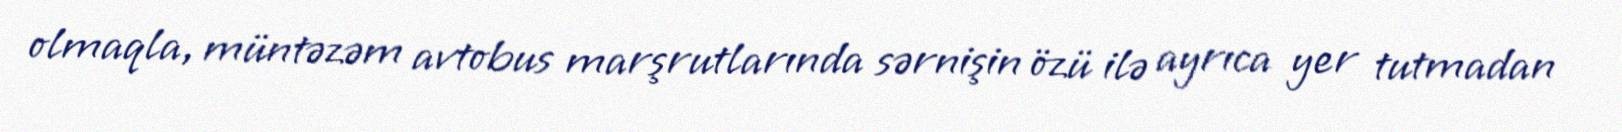
olmaqla, müntəzəm avtobus marşrutlarında sərnişin özü ilə ayrıca yer tutmadan